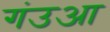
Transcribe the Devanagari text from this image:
गंउआ